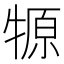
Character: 㹉